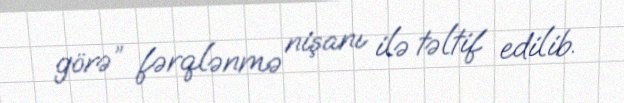
görə” fərqlənmə nişanı ilə təltif edilib.